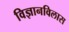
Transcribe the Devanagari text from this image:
विज्ञानविलास